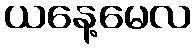
ယနေ့မေလ